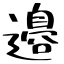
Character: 邉